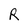
Character: R